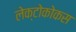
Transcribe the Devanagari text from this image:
लेक्टोकोकस